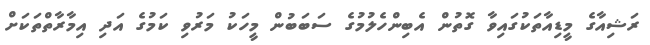
ރަޝިއާގެ މީޑިއާތަކުގައިވާ ގޮތުން އެބިންހެލުމުގެ ސަބަބުން މީހަކު މަރުވި ކަމުގެ އަދި އިމާރާތްތަކަށް